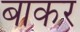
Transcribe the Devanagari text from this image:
बाकर